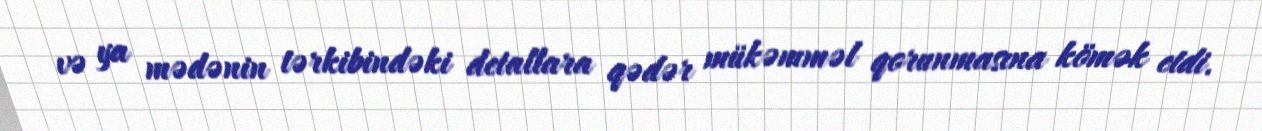
və ya mədənin tərkibindəki detallara qədər mükəmməl qorunmasına kömək etdi.